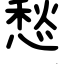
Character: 愁